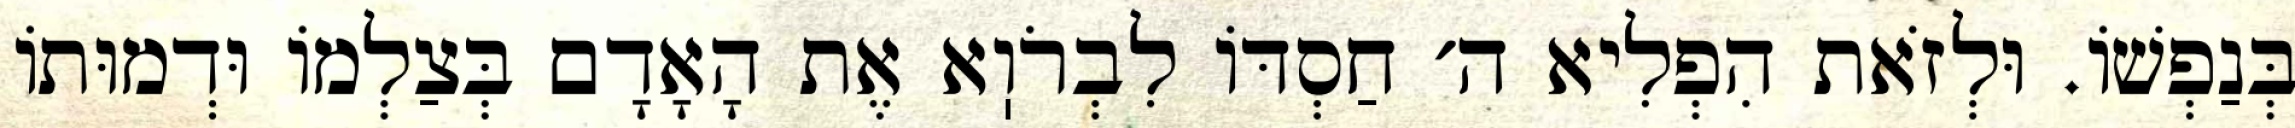
בְּנַפְשׁוֹ. וּלְזֹאת הִפְלִיא ה׳ חַסְדּוֹ לִבְרֹוֽא אֶת הָאָדָם בְּצַלְמוֹ וּדְמוּתוֹ